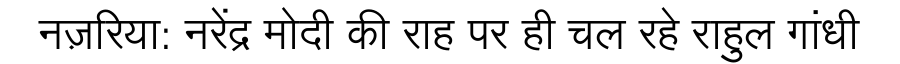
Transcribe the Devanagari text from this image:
नज़रिया: नरेंद्र मोदी की राह पर ही चल रहे राहुल गांधी